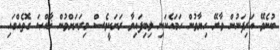
ބުނެވޭ އަރިފަނުން ވާރޭ ހިޔާވުން ހަމައެކަނި ލިބިފައިވާ ރަށަކީވެސް މިރަށަށްވުން ޚާއްޞަ ގޮތެއްގައި